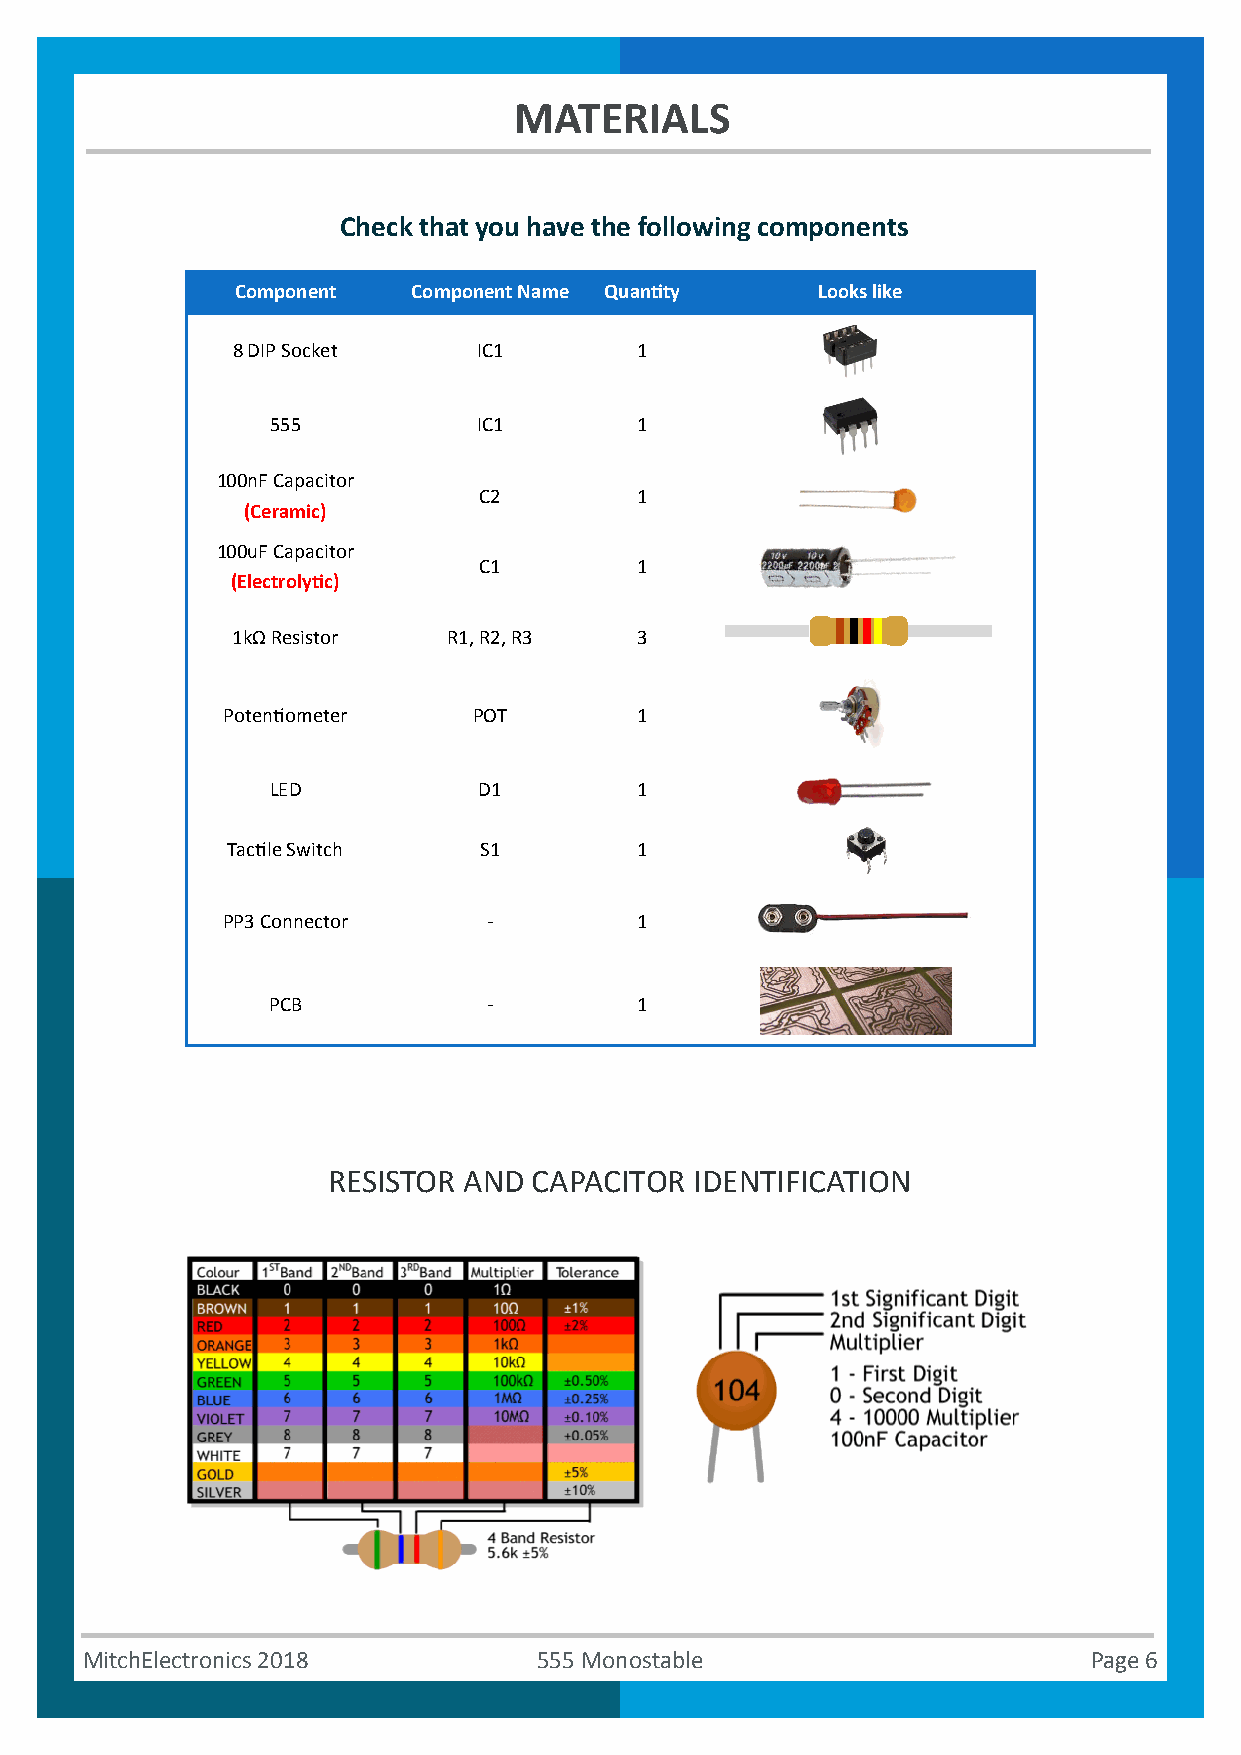
MATERIALS
 Check that you have the following components
 Component  Component Name Quantity    Looks like
 8 DIP Socket     IC1       1
 555           IC1       1
 100nF Capacitor
 C2        1
 (Ceramic)
 100uF Capacitor
 C1        1
 (Electrolytic)
 1kΩ Resistor   R1, R2, R3  3
 Potentiometer   POT        1
 LED           D1        1
 Tactile Switch   S1        1
 PP3 Connector    -         1
 PCB           -         1
 RESISTOR AND CAPACITOR  IDENTIFICATION
 MitchElectronics 2018          555 Monostable                      Page 6